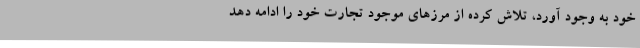
خود به وجود آورد، تلاش کرده از مرزهای موجود تجارت خود را ادامه دهد